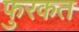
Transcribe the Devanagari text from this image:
फुरकत